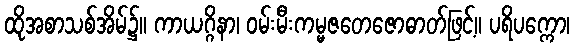
ထိုအစာသစ်အိမ်၌။ ကာယဂ္ဂိနာ၊ ဝမ်းမီးကမ္မဇတေဇောဓာတ်ဖြင့်။ ပရိပက္ကော၊